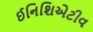
ઈનિશિએટીવ